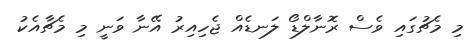
މި މެޗުގައި ވެސް ރޮނާލްޑޯ ލަނޑެއް ޖެހިއިރު އޭނާ ވަނީ މި މެޗާއެކު